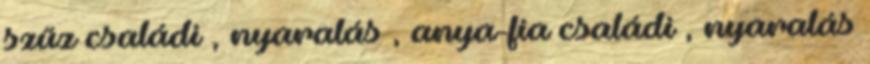
szűz családi , nyaralás , anya-fia családi , nyaralás